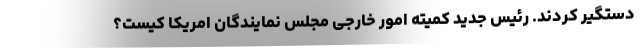
دستگیر کردند. رئیس جدید کمیته امور خارجی مجلس نمایندگان امریکا کیست؟